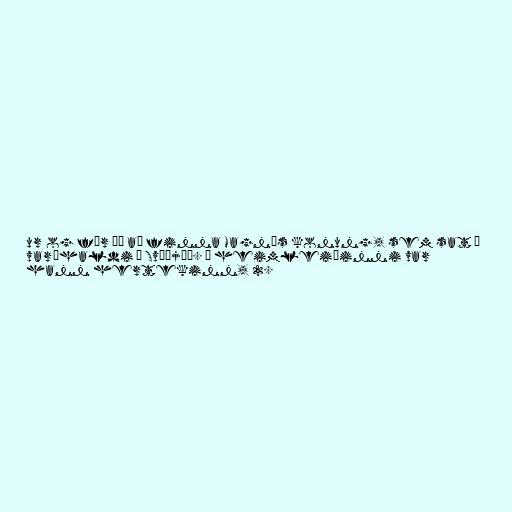
ur og fór þá að finna Magnús konung, sem sat í
varðhaldi í Svíþjóð. Á heimleiðinni var
hann hertekinn, 2.